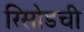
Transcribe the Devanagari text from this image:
रिसोडची